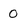
Character: 0